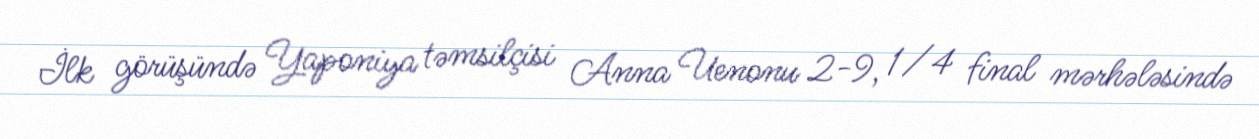
İlk görüşündə Yaponiya təmsilçisi Anna Uenonu 2-9, 1/4 final mərhələsində